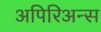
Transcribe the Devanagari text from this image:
अपिरिअन्स